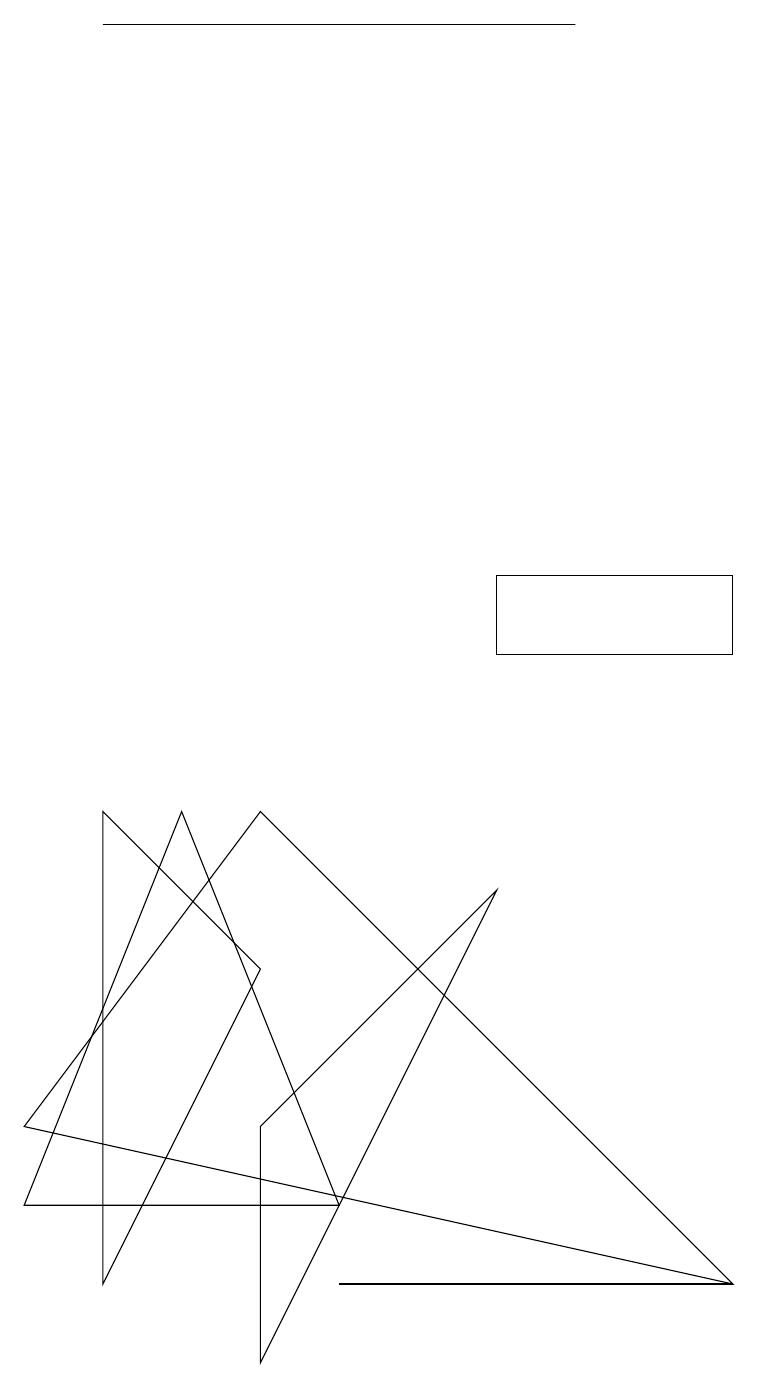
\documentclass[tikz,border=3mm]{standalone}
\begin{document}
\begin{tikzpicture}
\draw (3,6) -- (1,8) -- (1,2) -- cycle;
\draw (3,4) -- (3,1) -- (6,7) -- cycle;
\draw (2,8) -- (0,3) -- (4,3) -- cycle;
\draw (9,10) rectangle (6,11);
\draw (4,2) -- (9,2) -- (4,2) -- cycle;
\draw (3,8) -- (0,4) -- (9,2) -- cycle;
\draw (7,18) rectangle (1,18);
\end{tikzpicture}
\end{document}